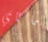
ماكاي